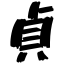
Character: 貞